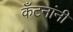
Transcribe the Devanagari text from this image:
कँटनांनी